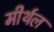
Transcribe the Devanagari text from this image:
मीर्थल